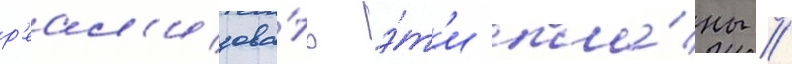
р'еал'изова́ть э́т'и пла́ны //